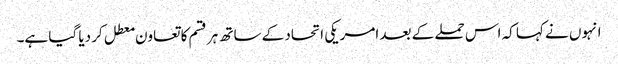
انہوں نے کہا کہ اس حملے کے بعد امریکی اتحاد کے ساتھ ہر قسم کا تعاون معطل کر دیا گیا ہے۔